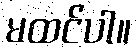
မထင်ပါ။